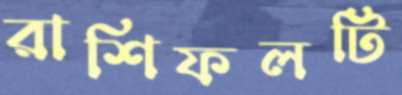
রাশিফলটি